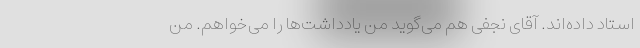
استاد داده‌اند. آقای نجفی هم می‌گوید من یادداشت‌ها را می‌خواهم. من